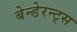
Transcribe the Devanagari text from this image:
बेन्डेरन्ट्स